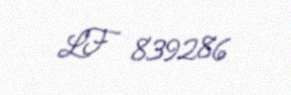
LF 839286